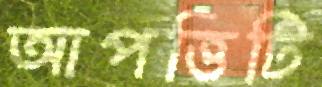
আপত্তিটি